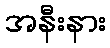
အနီးနား